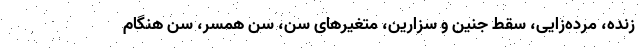
زنده، مرده‌زایی، سقط جنین و سزارین، متغیرهای سن، سن همسر، سن هنگام